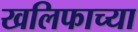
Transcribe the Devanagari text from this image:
खलिफाच्या